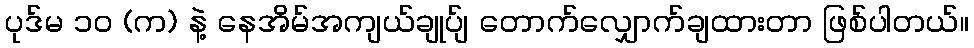
ပုဒ်မ ၁၀ (က) နဲ့ နေအိမ်အကျယ်ချုပ်ျ တောက်လျှောက်ချထားတာ ဖြစ်ပါတယ်။